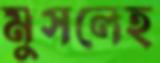
মুসলেহ